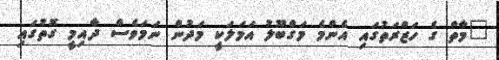
"މާތް ގެ ހަޒްރަތުގައި އެންމެ މަގްބޫލު އަމަލަކީ މަދުން ނަމަވެސް ދާއިމީ ގޮތުގައި